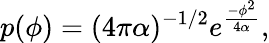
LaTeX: p(\phi)=(4\pi\alpha)^{-1/2}e^{\frac{-\phi^{2}}{4\alpha}},